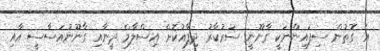
އެ ގޮތުން ސިފައިންނަކީ ގާނޫނީ ސަރުކާރު ދިފާއުކޮށް އިސްލާމް ދީނާއި ގާނޫނުއަސާސީ އާއި